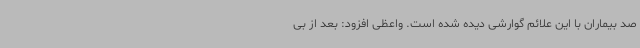
صد بیماران با این علائم گوارشی دیده شده است. واعظی افزود: بعد از بی